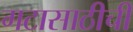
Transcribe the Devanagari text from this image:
गटासाठीची